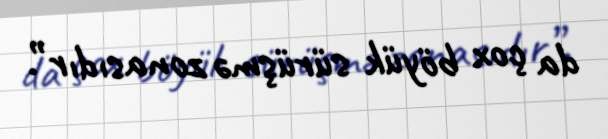
da çox böyük sürüşmə zonasıdır”.